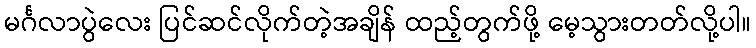
မင်္ဂလာပွဲလေး ပြင်ဆင်လိုက်တဲ့အချိန် ထည့်တွက်ဖို့ မေ့သွားတတ်လို့ပါ။